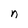
Character: n